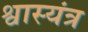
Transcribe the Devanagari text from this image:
श्वास्यंत्र